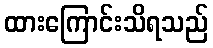
ထားကြောင်းသိရသည်